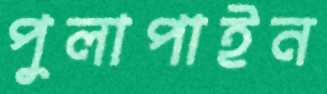
পুলাপাইন